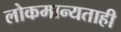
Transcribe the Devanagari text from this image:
लोकमान्यताही